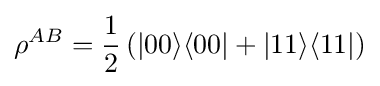
\rho ^{AB}={\frac {1}{2}}\left(|00\rangle \langle 00|+|11\rangle \langle 11|\right)